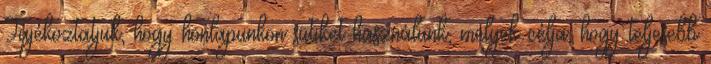
Tájékoztatjuk, hogy honlapunkon sütiket használunk, melyek célja, hogy teljesebb